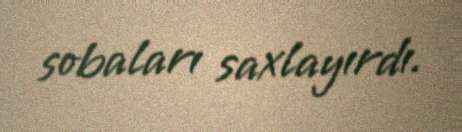
sobaları saxlayırdı.